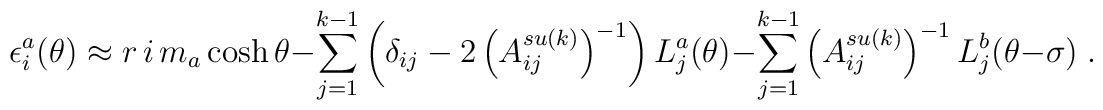
\epsilon _{i}^{a}(\theta )\approx r\,i\,m_{a}\cosh \theta-\sum_{j=1}^{k-1}\left( \delta _{ij}-2\left( A_{ij}^{su(k)}\right)^{-1}\right) L_{j}^{a}(\theta )-\sum_{j=1}^{k-1}\left( A_{ij}^{su(k)}\right)^{-1}L_{j}^{b}(\theta -\sigma )\;.